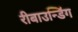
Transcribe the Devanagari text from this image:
रीबाउन्डिंग